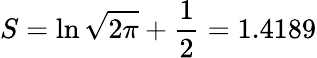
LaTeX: S=\ln{\sqrt{2\pi}}+\frac{1}{2}=1.4189